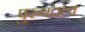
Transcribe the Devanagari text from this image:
पुरुषतत्व